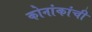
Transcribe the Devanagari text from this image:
कोनांकांची